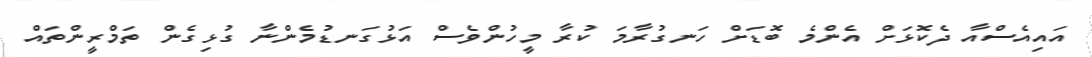
އައިއެސްއާ ދެކޮޅަށް އެންމެ ބޮޑަށް ހަނގުރާމަ ކުރާ މީހުންވެސް އަޅުގަނޑުމެންނާ ގުޅިގެން ތަމްރީންތައް